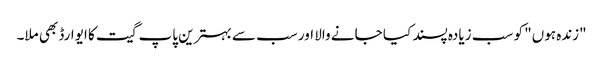
"زندہ ہوں" کو سب زیادہ پسند کیا جانے والا اور سب سے بہترین پاپ گیت کا ایوارڈ بھی ملا۔